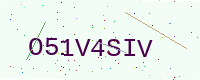
Text: O51V4SIV